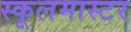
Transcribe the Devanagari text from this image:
स्कूलमास्टर